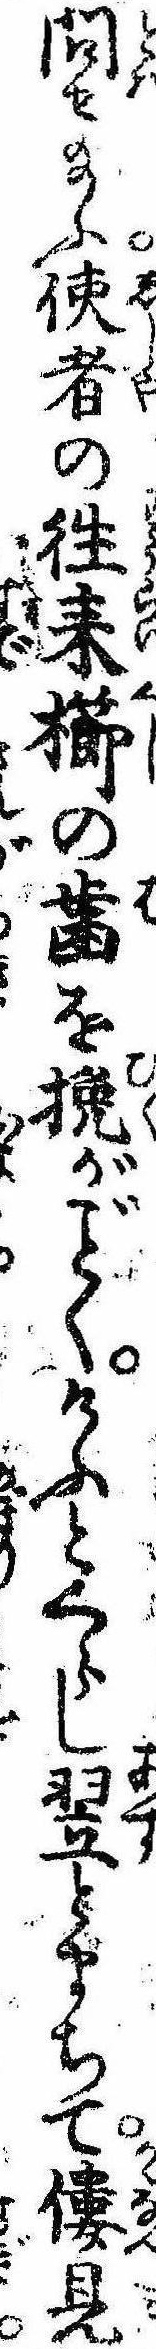
問せ給ふ使者の往耒櫛の歯を挽がくけふとくらし翌とまちて僂見